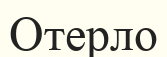
Отерло